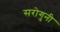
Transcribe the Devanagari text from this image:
सरोगुनी